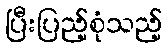
ပြီးပြည့်စုံသည့်